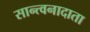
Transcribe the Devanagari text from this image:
सान्त्वनादाता